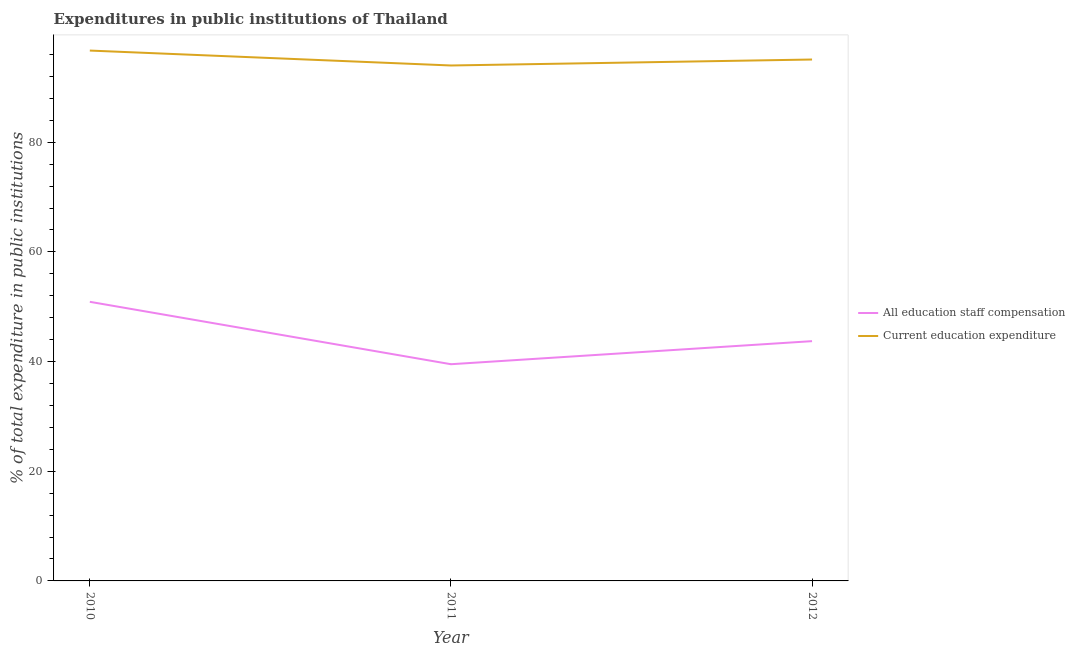
| Year | All education staff compensation | Current education expenditure |
 | --- | --- | --- |
 | 2010 | 50.9 | 96.7 |
 | 2011 | 39.5 | 94 |
 | 2012 | 43.7 | 95.1 |